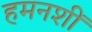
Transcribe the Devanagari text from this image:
हमनशीं